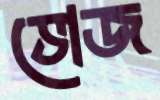
ভোজ